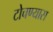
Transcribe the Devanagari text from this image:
टोचण्यास